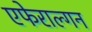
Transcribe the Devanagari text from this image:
एफेराल्गन